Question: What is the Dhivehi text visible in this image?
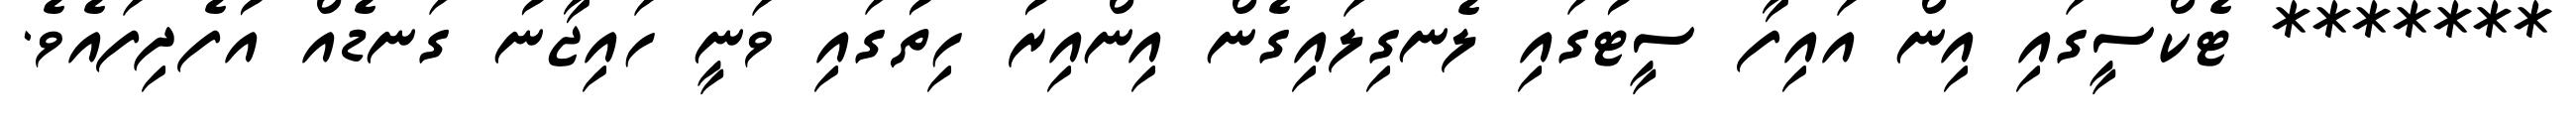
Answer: ******* ޓެކްސީގައި އިން އައިފާ ސީޓުގައި ލެނގިލައިގެން އިންއިރު ހިތުގައި ވަނީ ހައިޖާނު ގަނޑެއް އުފެދިފައެވެ.